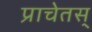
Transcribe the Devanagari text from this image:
प्राचेतस्